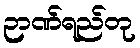
ဉာဏ်ရည်တု